Vaccination in Burma 1889-1999 - 1889-1999
Year: 1889
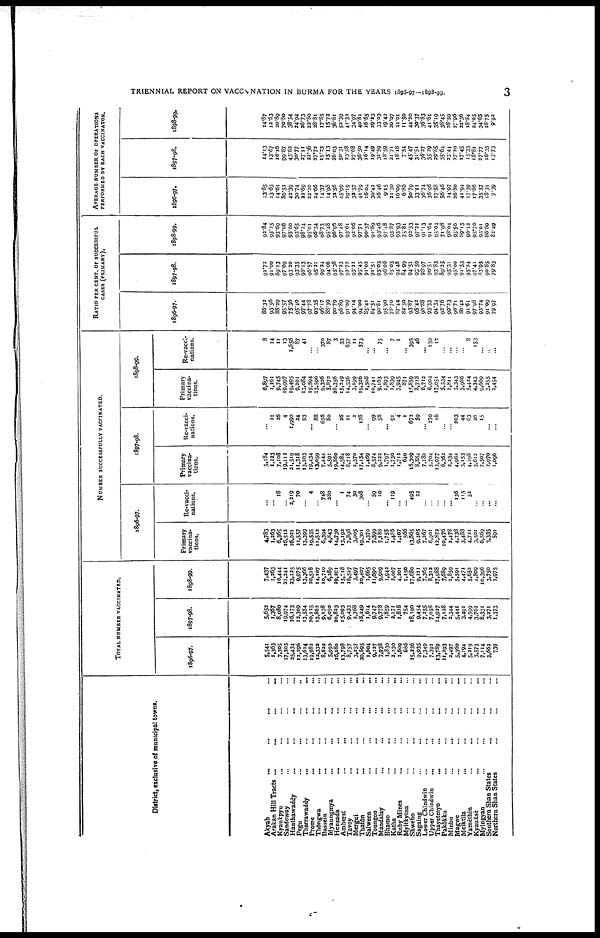
TRIENNIAL REPORT ON VACCINATION IN BURMA FOR THE YEARS 1895-97-1898-99.
3
District, exclusive of municipal towns.
Akyab ... ... ... ...
Arakan Hill Tracts
...
...
...
...
Kyaukpyu ... ... ... ...
Sandoway ... ... ... ...
Hanthawaddy
...
...
...
...
Pegu ... ... ... ...
Tharrawaddy ... ... ... ...
Prome ... ... ... ... ...
Thôngwa
...
...
...
...
Bassein ... ... ... ...
Myaungmya
...
...
...
...
Henzada
...
...
...
...
Amherst ... ... ...
Tavoy ... ... ... ...
Mergui
...
...
...
...
Thatôn ... ... ... ...
Salween ... ... ... ...
Toungoo ... ... ... ...
Mandalay
...
...
...
...
Bhamo
...
...
...
...
Katha
...
...
...
...
Ruby Mines
...
...
...
...
Myitkyina ... ... ... ...
Shwebo ... ... ... ...
Sagaing ... ... ... ...
Lower Chindwin ... ... ... ...
Upper Chindwin ... ... ... ...
Thayetmyo ... ... ... ...
Pakôkku
...
...
...
...
Minbu ... ... ... ...
Magwe ... ... ... ...
Meiktila ... ... ... ...
Yamèthin ... ... ... ...
Kyauksè ... ... ... ...
Myingyan
...
...
...
...
Southern Shan States ... ... ... ...
Northern Shan States ... ... ...
TOTAL NUMBER VACCINATED.
1896-97.
5,541
1,363
7,305
17,303
25,434
13,296
13,614
19,982
12,332
8,622
5,992
16,280
13,798
8,757
3,257
20,895
1,604
9,127
7,938
1,830
2,130
1,609
686
15,236
9,935
7,349
7,392
13,789
11,293
2,497
5,360
4,194
5,219
3,573
7,114
3,662
739
1897-98.
5,652
1,367
8,080
19,974
26,173
12,309
13,554
20,125
13,862
9,138
6,050
20,823
15,093
9,433
2,768
18,249
1,614
9,747
9,778
1,859
2,171
1,818
754
18,190
9,454
7,255
7,058
14,927
7,128
2,344
5,441
3,491
4,599
3,762
8,331
3,271
1,373
1898-99.
7,437
1,263
10,444
21,241
23,125
9,975
13,366
20,518
14,107
10,710
6,289
29,291
15,718
16,527
3,497
20,407
1,665
11,690
9,909
1,942
2,007
4,201
1,150
17,680
9,111
7,365
8,322
17,988
7,689
2,859
5,591
4,471
5,652
4,809
10,396
3,750
2,975
NUMBER SUCCESSFULLY VACCINATED.
1896-97.
Primary
vaccina-
tions.
4,783
1,263
6,365
16,512
16,021
11,557
13,399
19,535
11,512
6,394
4,843
14,730
13,192
7,898
3,005
19,301
1,370
7,599
7,188
1,755
1,486
1,407
566
13,665
9,405
7,267
6,901
12,872
10,476
2,478
4,738
3,488
4,721
3,501
6,569
3,335
591
Re-vacci-
nations.
...
... 18
...
2,219
70
...
4
...
748
280
... 1
74
30
308
...
59
10
... 119
...
...
495
32
...
...
...
...
... 136
115
52
...
... ...
...
1897-98.
Primary
vaccina-
tions.
5,184
1,223
7,108
19,112
21,519
11,318
13,203
19,434
13,059
7,444
5,591
19,860
14,584
8,718
2,570
17,154
1,469
8,574
9,222
1,797
1,730
1,712
640
16,309
8,884
7,180
5,704
13,977
6,362
2,234
4,962
3,155
4,298
3,612
7,507
2,970
1,096
Re-vacci-
nations.
...
11
26
4
1,990
24
93
... 88
656
80
...
26
21
2
178
...
99
58
... 91
4
1
672
59
... 270
16
...
...
203
44
63
26
15
...
...
1898-99.
Primary
vaccina-
tions.
6,897
1,161
9,745
19,997
19,495
9,201
13,084
19,594
13,590
9,326
5,872
28,356
15,249
14,536
3,199
19,326
1,508
10,741
9,163
1,893
1,839
3,945
871
15,859
8,718
6,712
6,904
17,051
5,534
2,811
5,343
3,986
5,424
4,343
9,669
3,255
2,454
Re-vacci-
nations.
8
14
11
13
1,656
87
41
...
...
370
87
3
33
657
11
573
...
...
75
...
7
1
...
395
46
... 130
12
...
...
...
...
8
153
...
...
...
RATIO PER CENT. OF SUCCESSFUL
CASES (PRIMARY).
1896-97.
86.32
93.56
88.29
95.57
75.36
95.40
97.44
97.78
93.35
96.17
88.39
90.79
96.89
91.09
94.14
94.00
85.41
84.51
90.81
95.90
78.70
87.44
82.50
93.87
95.42
98.88
93.33
94.34
92.76
99.23
90.71
86.42
91.61
97.98
93.74
91.09
79.97
1897-98.
91.72
91.00
89.13
97.09
93.20
93.35
98.13
96.57
95.21
99.24
94.06
95.38
97.23
92.72
93.22
95.45
91.02
91.51
95.05
96.66
85.05
94.48
84.99
94.51
95.59
98.97
90.51
93.83
89.25
95.31
95.00
91.53
95.24
97.41
83.95
90.85
79.83
1898-99.
92.84
93.25
93.69
97.06
95.00
93.65
98.24
95.01
96.34
98.73
95.48
96.95
97.48
93.61
92.06
97.71
90.57
91.89
93.46
97.48
93.87
93.93
75.8l
92.53
97.21
91.13
91.64
95.04
71.98
98.04
95.56
89.15
96.13
95.70
93.01
86.80
82.49
AVERAGE NUMBER OF OPERATIONS
PERFORMED BY BACH VACCINATOR.
1896-97.
13.85
13.63
14.61
86.51
42.39
30.74
22.69
22.20
24.66
14.37
14.98
32.56
45.99
29.19
32.57
41.79
16.04
30.42
26.46
9.15
21.30
16.09
6.85
50.79
33.11
36.74
36.96
27.58
56.46
24.97
36.80
41.94
17.39
17.86
35.57
18.31
7.39
1897-98.
14.13
13.67
16.16
99.87
43.62
30.77
27.11
22.36
27.72
15.23
15.13
26.03
50.31
23.58
27.68
36.50
16.14
19.49
32.59
18.59
21.71
18.18
7.54
45.47
31.51
36.37
35.29
29.85
35.64
23.44
27.20
17.45
15.33
18.81
27.77
16.35
13.73
1898-99.
14.87
12.63
20.89
70.80
38.54
24.94
26.73
22.80
28.81
17.85
15.72
36.61
52.39
41.32
34.97
40.81
16.65
29.23
33.03
19.42
20.07
21.01
11.50
44.20
30.37
36.83
41.61
35.19
38.45
28.59
27.96
22.36
18.84
24.05
34.65
18.75
9.92